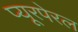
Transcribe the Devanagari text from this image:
प्यूरपेरल